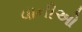
વાનીઓ